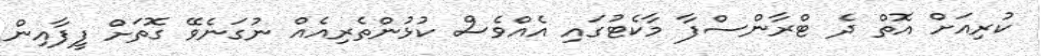
ކުރިއަށް އޮތް ދެ ޓްރާންސްފާ މާކެޓުގައި އެއްވެސް ކުޅުންތެރިއެއް ނުގަނެވޭ ގޮތަށް ފީފާއިން